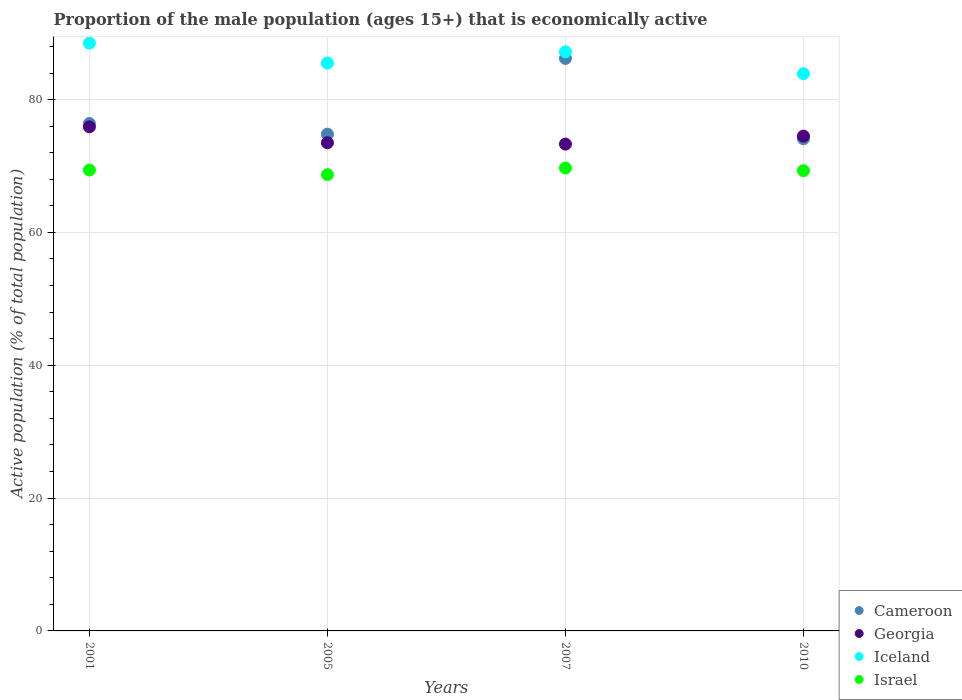
| Years | Cameroon | Georgia | Iceland | Israel |
 | --- | --- | --- | --- | --- |
 | 2001 | 76.4 | 75.9 | 88.5 | 69.4 |
 | 2005 | 74.8 | 73.5 | 85.5 | 68.7 |
 | 2007 | 86.2 | 73.3 | 87.2 | 69.7 |
 | 2010 | 74.1 | 74.5 | 83.9 | 69.3 |